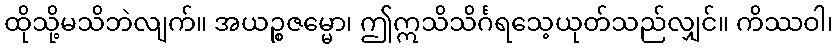
ထိုသို့မသိဘဲလျက်။ အယဉ္စဇမ္မော၊ ဤဣသိသိင်္ဂရသေ့ယုတ်သည်လျှင်။ ကိဿဝါ၊